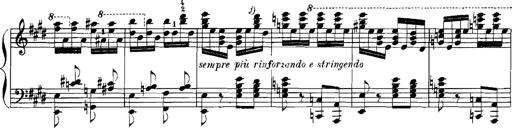
Title: Rhapsodies hongroises
Composer: Franz Liszt